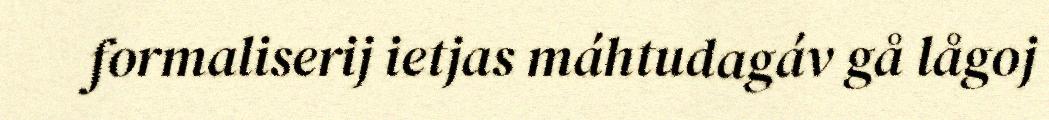
formaliserij ietjas máhtudagáv gå lågoj